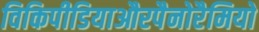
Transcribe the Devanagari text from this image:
विकिपीडियाऔरपैनोरैमियो